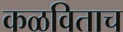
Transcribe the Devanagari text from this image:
कळविताच